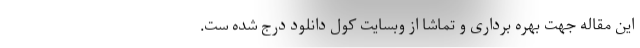
این مقاله جهت بهره برداری و تماشا از وبسایت کول دانلود درج شده ست.